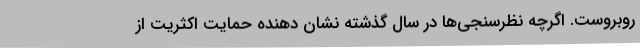
روبروست. اگرچه نظرسنجی‌ها در سال گذشته نشان دهنده حمایت اکثریت از